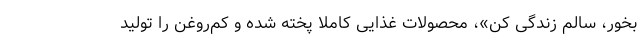
بخور، سالم زندگی کن»، محصولات غذایی کاملا پخته شده و کم‌روغن را تولید